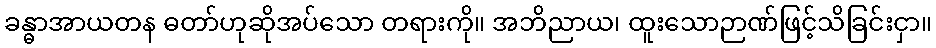
ခန္ဓာအာယတန ဓတာ်ဟုဆိုအပ်သော တရားကို။ အဘိညာယ၊ ထူးသောဉာဏ်ဖြင့်သိခြင်းငှာ။